NASA-UAP-D6, Apollo 17 Technical Crew Debriefing, 1973
Page 1
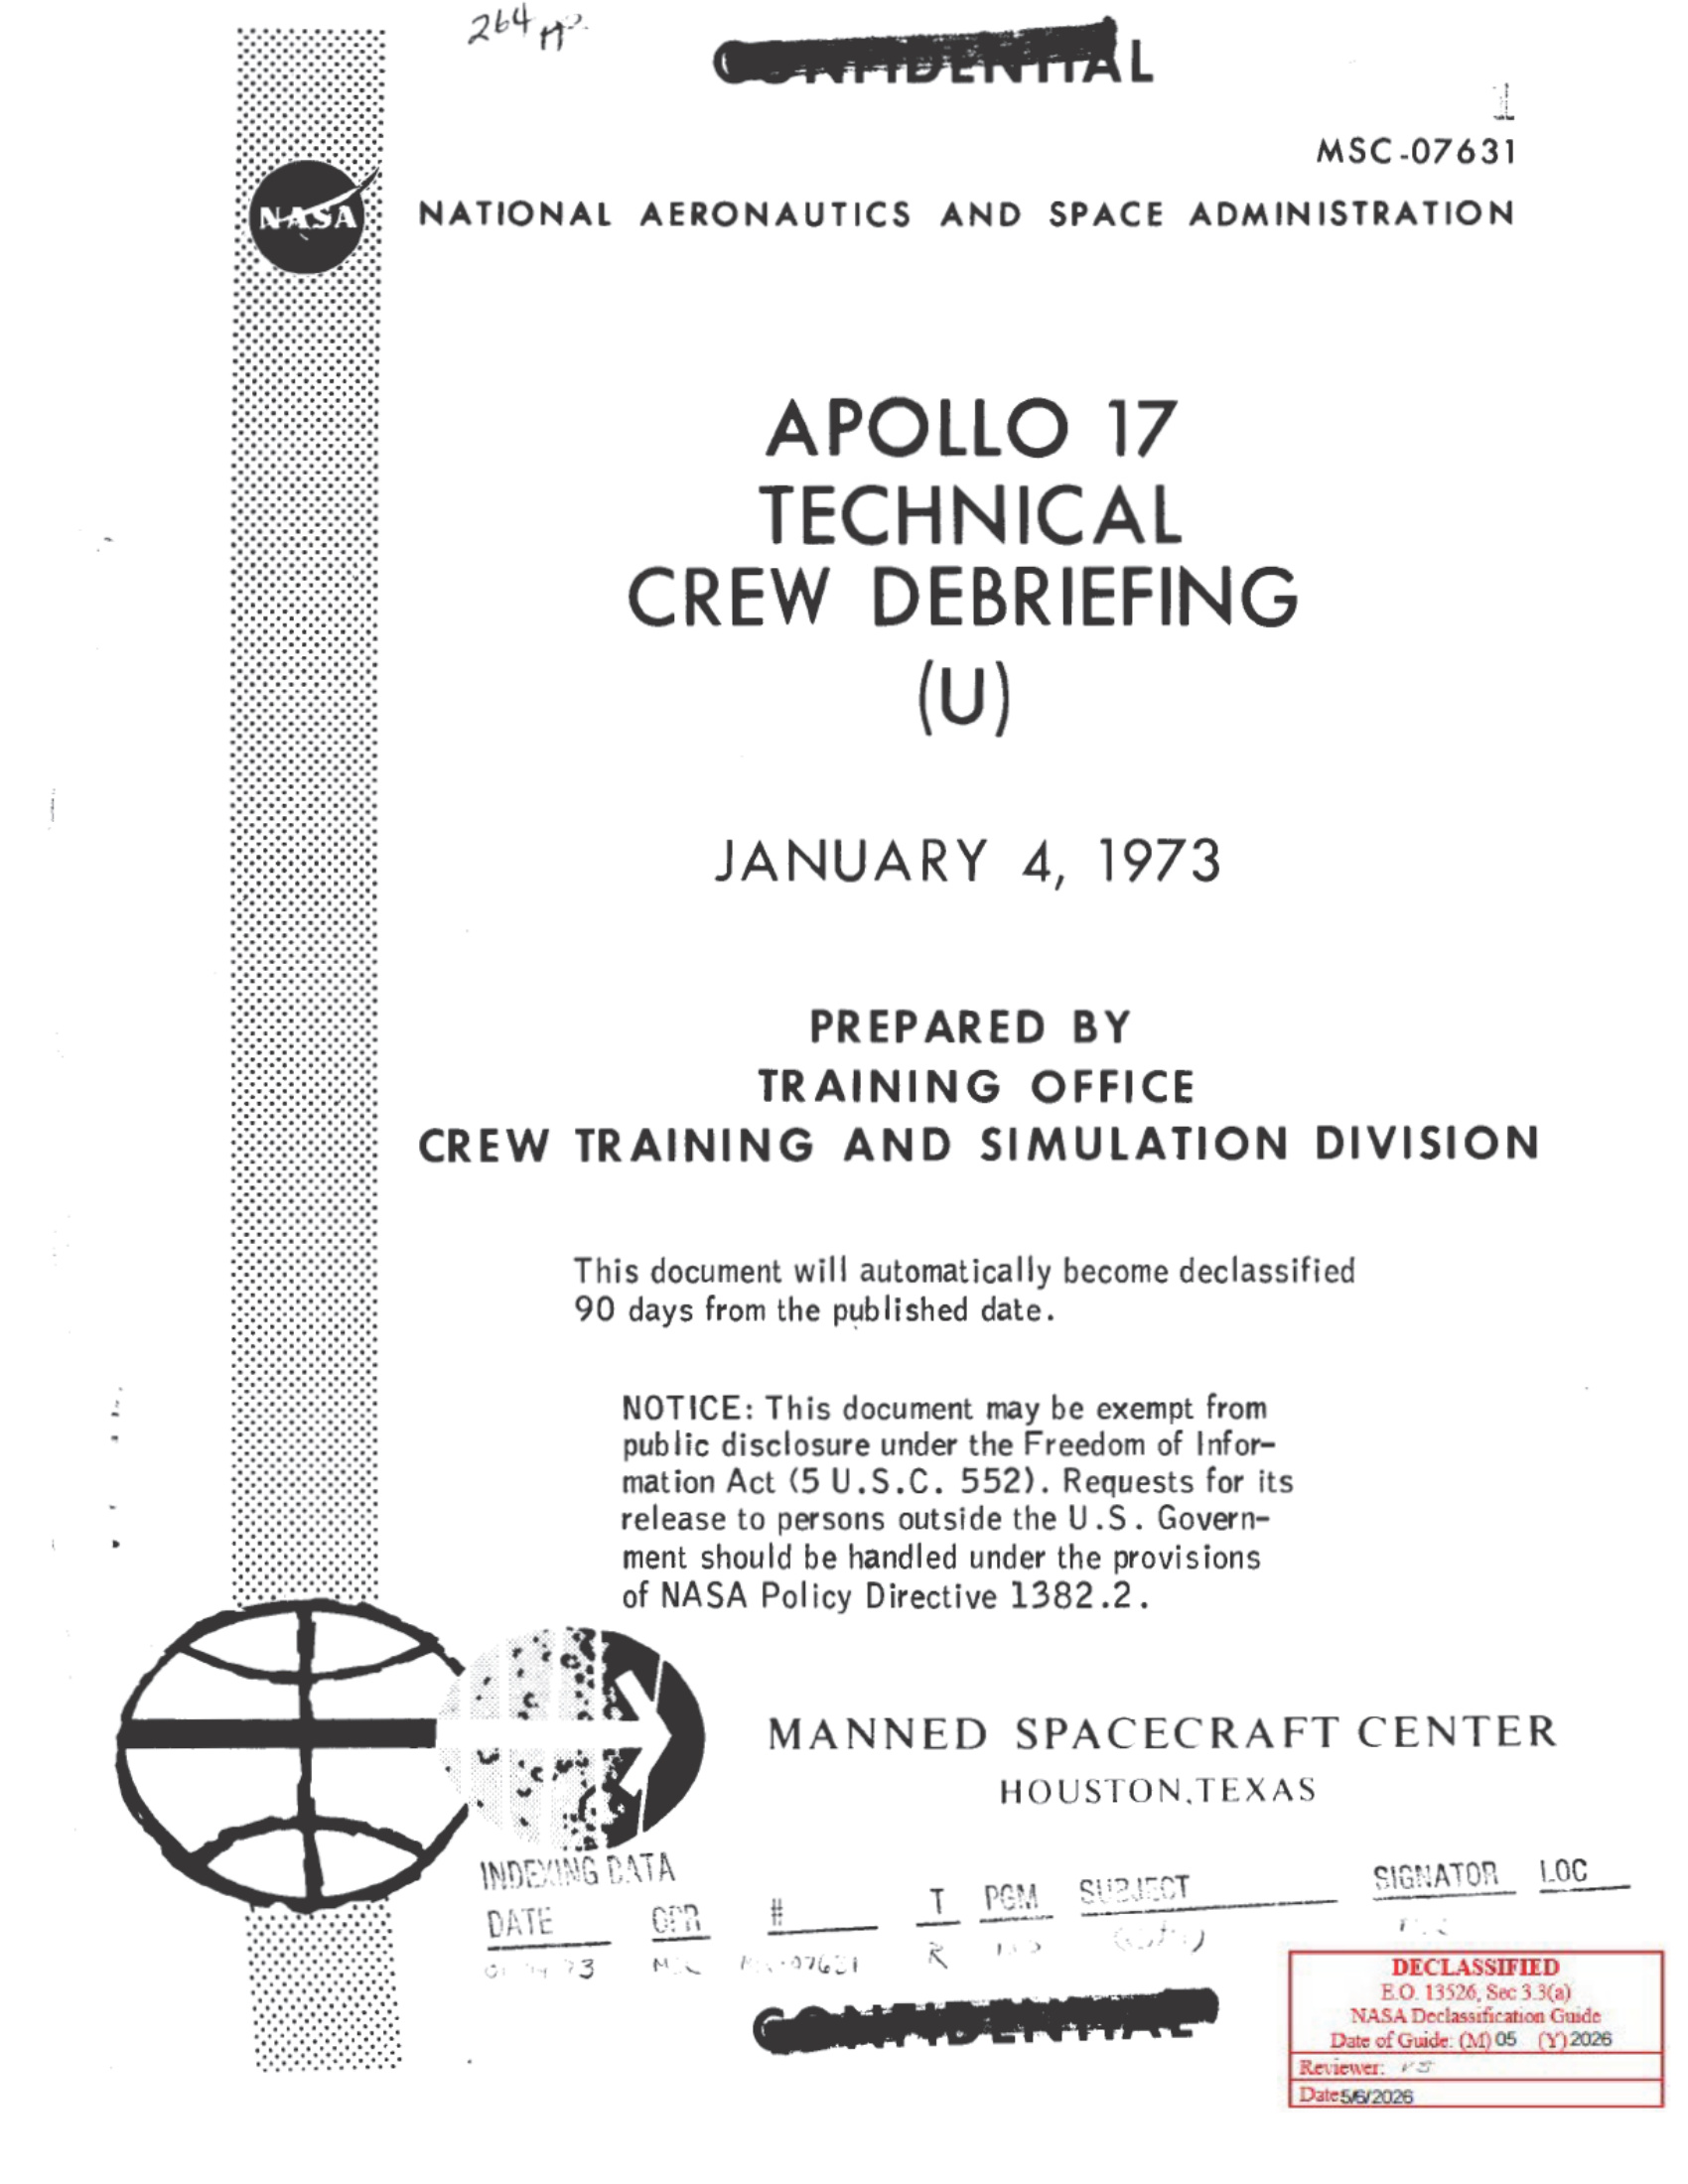